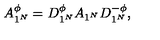
A _ { 1 ^ { N } } ^ { \phi } = D _ { 1 ^ { N } } ^ { \phi } A _ { 1 ^ { N } } D _ { 1 ^ { N } } ^ { - \phi } ,